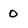
Character: 0